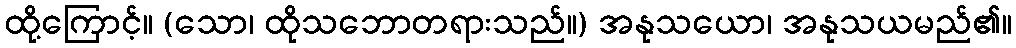
ထို့ကြောင့်။ (သော၊ ထိုသဘောတရားသည်။) အနုသယော၊ အနုသယမည်၏။